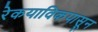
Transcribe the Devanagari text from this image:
रेकयाविकपासून